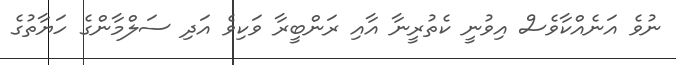
ނުވެ އަނެއްކާވެސް އިވުނީ ކެތުރީނާ އާއި ރަންބީރާ ވަކިވެ އަދި ސަލްމާންގެ ހަޔާތުގެ